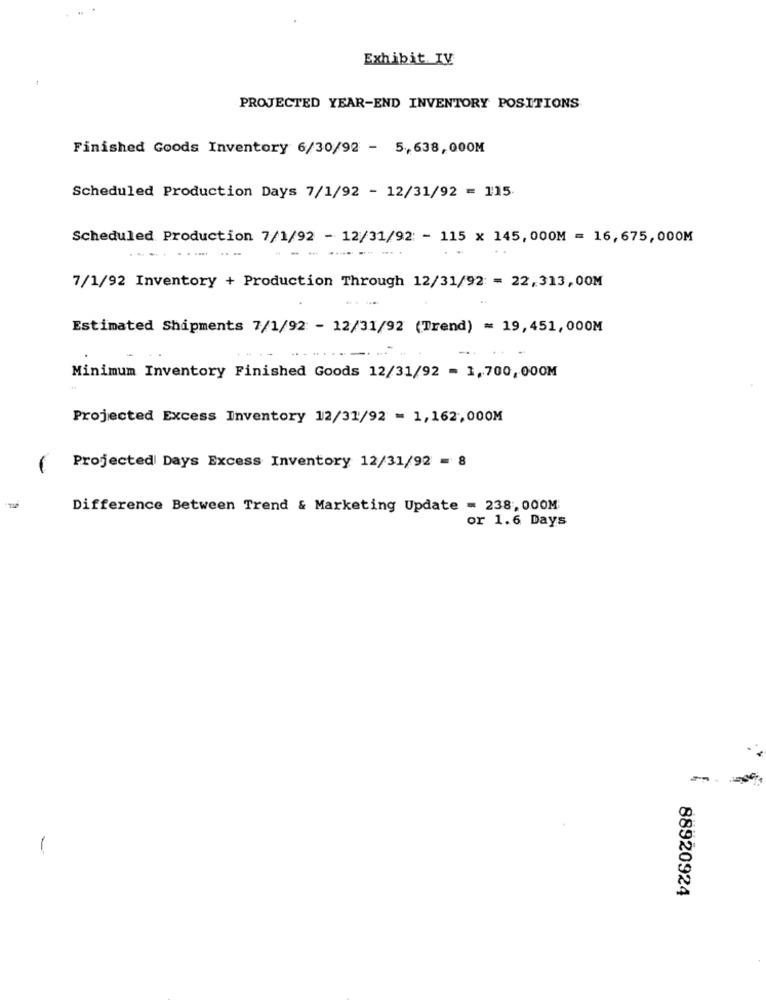
Exhibit. IV
PROJECTED YEAR-END INVENTORY POSITIONS
Finished Goods Inventory 6/30/92 - 5, 638, 000M
Scheduled Production Days 7/1/92 - 12/31/92 = 115
Scheduled Production 7/1/92 - 12/31/92: - 115 x 145, 000M = 16,675, 000M
....
7/1/92 Inventory + Production Through 12/31/92 = 22,313, 00M
Estimated Shipments 7/1/92 - 12/31/92 (Trend) = 19,451, 000M
Minimum Inventory Finished Goods 12/31/92 = 1,700, 000M
Projected Excess Inventory 12/31/92 = 1,162,000M
Projected Days Excess Inventory 12/31/92 = 8
Difference Between Trend & Marketing Update = 238, 000M
or 1.6 Days
88920924